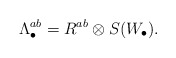
\begin{align*}\Lambda^{ab}_{\bullet}=R^{ab} \otimes S(W_{\bullet}). \end{align*}